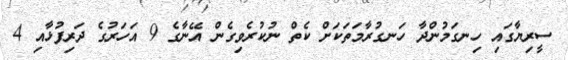
ސީރިޔާގައި ހިނގަމުންދާ ހަނގުރާމަތަކަށް ކެތް ނުކުރެވިގެން އޭނާގެ 9 އަހަރުގެ ދަރިފުޅާއި 4